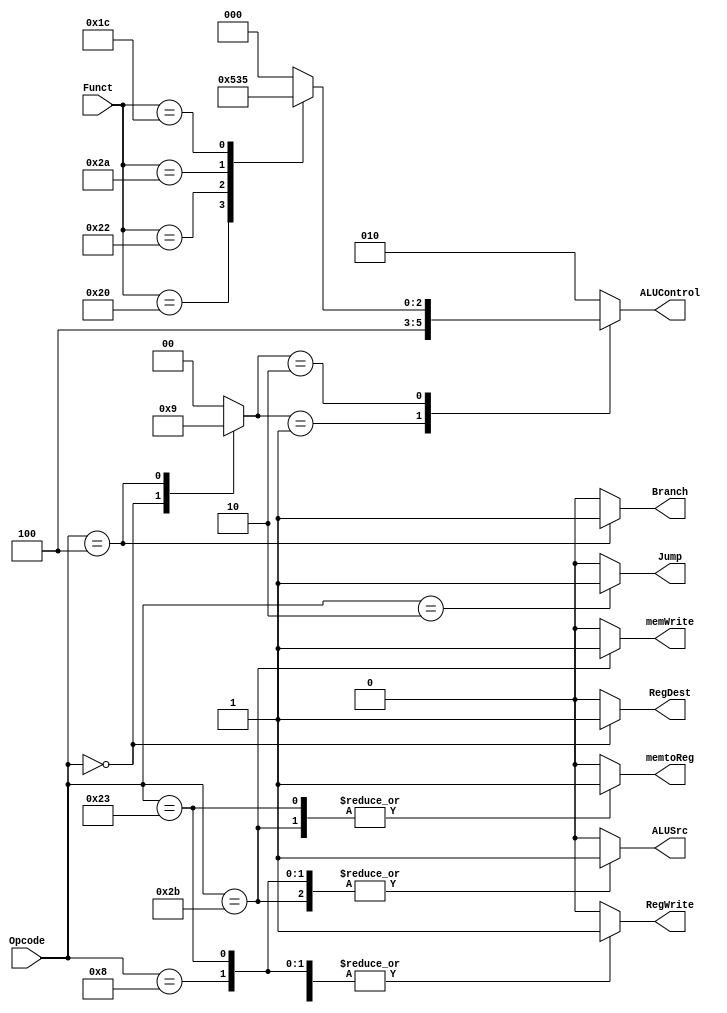
//-----------------------------------------------------------------------

// Module: Control Unit


// Description: 


//----------------------------------------------------------------------

module Control_Unit #(
  
//-----------------------------------------------------------------------
//                    Parameters Decleration   
//-----------------------------------------------------------------------
parameter FUNCT_WIDTH = 6,
parameter OPCODE_WIDTH = 6,
parameter ALUOP_WIDTH = 2,
parameter ALU_CONTROL_WIDTH = 3

)
  
  (
//-----------------------------------------------------------------------
//                        Port Decleration   
//-----------------------------------------------------------------------
input wire [FUNCT_WIDTH-1:0]       Funct,
input wire [OPCODE_WIDTH-1:0]      Opcode,
output reg                         memtoReg,
output reg                         memWrite,
output reg                         Branch,
output reg                         ALUSrc,
output reg                         RegDest,
output reg                         RegWrite,
output reg                         Jump,
output reg [ALU_CONTROL_WIDTH-1:0] ALUControl

  );
  
 reg [ALUOP_WIDTH-1:0]       ALUOp;
  
//-----------------------------------------------------------------------
//                    Always Combinational Block   
//-----------------------------------------------------------------------

always@(*)

begin
  
  case(ALUOp)
    
    'b00: begin
                      ALUControl = 'b010;
            end
    
    'b01: begin
                      ALUControl = 'b100;
            end
    
    'b10: begin
                    case(Funct)
                      
                    'b10_0000:  ALUControl = 'b010;
                    
                    'b10_0010:  ALUControl = 'b100;
                    
                    'b10_1010:  ALUControl = 'b110;
                    
                    'b01_1100:  ALUControl = 'b101;
                    
                    default :   ALUControl = 'b000;
                    
                  endcase
            end
    
    default:        ALUControl = 'b010;
  
endcase

end

//-----------------------------------------------------------------------
//                    Always Combinational Block   
//-----------------------------------------------------------------------
always@(*)

begin
  //                Initial Values
  
  Jump      = 1'b0;
  ALUOp     =  'b0;
  memtoReg  = 1'b0;
  memWrite  = 1'b0;
  Branch    = 1'b0;
  ALUSrc    = 1'b0;
  RegDest   = 1'b0;
  RegWrite  = 1'b0;
  
  
  case(Opcode)
    
    'b10_0011
:begin
                          RegWrite = 1'b1;
                          ALUSrc   = 1'b1;
                          memtoReg = 1'b1; 
                end
    
    'b10_1011
:begin
                          memWrite = 1'b1;
                          ALUSrc   = 1'b1;
                          memtoReg = 1'b1; 
                end
    
    'b00_0000:  begin
                          ALUOp    =  'b10;
                          RegWrite = 1'b1;
                          RegDest  = 1'b1; 
                end
    
    'b00_1000:  begin
                          RegWrite = 1'b1;
                          ALUSrc   = 1'b1;
                end
    
    'b00_0100:begin
                          ALUOp    =  'b01;
                          Branch   = 1'b1;
                end
    
    'b00_0010:  begin
                          Jump     =  'b1;
                          
                end
                
     default:  begin
                          Jump      = 1'b0;
                          ALUOp     =  'b0;
                          memtoReg  = 1'b0;
                          memWrite  = 1'b0;
                          Branch    = 1'b0;
                          ALUSrc    = 1'b0;
                          RegDest   = 1'b0;
                          RegWrite  = 1'b0;
                          
                end          
    
  endcase
  
end
  
endmodule